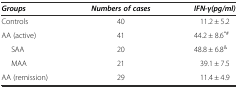
<table><thead><tr><td><b><i>Groups</i></b></td><td><b><i>Numbers of cases</i></b></td><td><b><i>IFN-γ(pg/ml)</i></b></td></tr></thead><tbody><tr><td>Controls</td><td>40</td><td>11.2 ± 5.2</td></tr><tr><td>AA (active)</td><td>41</td><td>44.2 ± 8.6<sup>*#</sup></td></tr><tr><td>SAA</td><td>20</td><td>48.8 ± 6.8<sup>&amp;</sup></td></tr><tr><td>MAA</td><td>21</td><td>39.1 ± 7.5</td></tr><tr><td>AA (remission)</td><td>29</td><td>11.4 ± 4.9</td></tr></tbody></table>